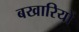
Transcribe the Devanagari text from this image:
बखारियों